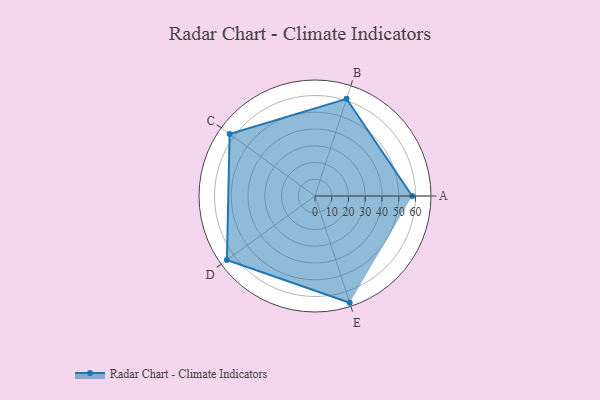
{"axis": {"x": "Skill", "y": "Score"}, "legend": ["Profile"], "data": [{"x": "A", "y": 58.0, "type": "Profile"}, {"x": "B", "y": 61.0, "type": "Profile"}, {"x": "C", "y": 63.0, "type": "Profile"}, {"x": "D", "y": 65.0, "type": "Profile"}, {"x": "E", "y": 67.0, "type": "Profile"}]}